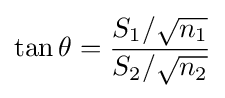
\tan \theta ={\frac {S_{1}/{\sqrt {n_{1}}}}{S_{2}/{\sqrt {n_{2}}}}}